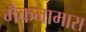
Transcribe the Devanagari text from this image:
मैकनामारा